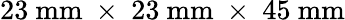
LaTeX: \mathrm{23~mm~\times~23~mm~\times~45~mm}